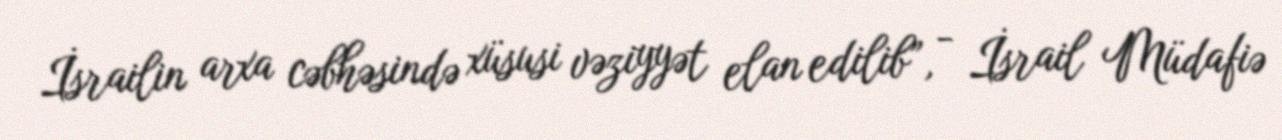
İsrailin arxa cəbhəsində xüsusi vəziyyət elan edilib”, - İsrail Müdafiə